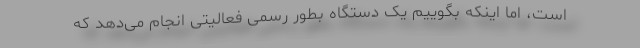
است، اما اینکه بگوییم یک دستگاه بطور رسمی فعالیتی انجام می‌دهد که